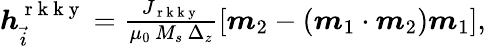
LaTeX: \begin{array}{r}{\boldsymbol{h}_{\vec{i}}^{\mathrm{~r~k~k~y~}}=\frac{J_{\mathrm{~r~k~k~y~}}}{\mu_{0}\, M_{s}\, \Delta_{z}}\left[\boldsymbol{m}_{2}-\left(\boldsymbol{m}_{1}\cdot\boldsymbol{m}_{2}\right)\boldsymbol{m}_{1}\right],}\end{array}